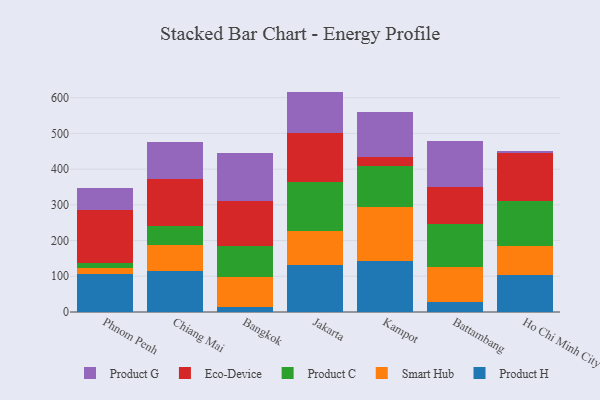
{"axis": {"x": "City", "y": "Latency (ms)"}, "legend": ["Eco-Device", "Product C", "Product G", "Product H", "Smart Hub"], "data": [{"x": "Phnom Penh", "y": 106.9, "type": "Product H"}, {"x": "Phnom Penh", "y": 16.7, "type": "Smart Hub"}, {"x": "Phnom Penh", "y": 12.9, "type": "Product C"}, {"x": "Phnom Penh", "y": 148.8, "type": "Eco-Device"}, {"x": "Phnom Penh", "y": 61.7, "type": "Product G"}, {"x": "Chiang Mai", "y": 115.4, "type": "Product H"}, {"x": "Chiang Mai", "y": 71.4, "type": "Smart Hub"}, {"x": "Chiang Mai", "y": 53.7, "type": "Product C"}, {"x": "Chiang Mai", "y": 132.0, "type": "Eco-Device"}, {"x": "Chiang Mai", "y": 104.6, "type": "Product G"}, {"x": "Bangkok", "y": 13.1, "type": "Product H"}, {"x": "Bangkok", "y": 85.8, "type": "Smart Hub"}, {"x": "Bangkok", "y": 86.9, "type": "Product C"}, {"x": "Bangkok", "y": 124.9, "type": "Eco-Device"}, {"x": "Bangkok", "y": 133.7, "type": "Product G"}, {"x": "Jakarta", "y": 131.1, "type": "Product H"}, {"x": "Jakarta", "y": 95.0, "type": "Smart Hub"}, {"x": "Jakarta", "y": 137.8, "type": "Product C"}, {"x": "Jakarta", "y": 136.1, "type": "Eco-Device"}, {"x": "Jakarta", "y": 117.0, "type": "Product G"}, {"x": "Kampot", "y": 141.4, "type": "Product H"}, {"x": "Kampot", "y": 153.5, "type": "Smart Hub"}, {"x": "Kampot", "y": 112.5, "type": "Product C"}, {"x": "Kampot", "y": 25.9, "type": "Eco-Device"}, {"x": "Kampot", "y": 125.9, "type": "Product G"}, {"x": "Battambang", "y": 28.9, "type": "Product H"}, {"x": "Battambang", "y": 96.1, "type": "Smart Hub"}, {"x": "Battambang", "y": 121.2, "type": "Product C"}, {"x": "Battambang", "y": 104.6, "type": "Eco-Device"}, {"x": "Battambang", "y": 127.2, "type": "Product G"}, {"x": "Ho Chi Minh City", "y": 103.3, "type": "Product H"}, {"x": "Ho Chi Minh City", "y": 81.3, "type": "Smart Hub"}, {"x": "Ho Chi Minh City", "y": 125.6, "type": "Product C"}, {"x": "Ho Chi Minh City", "y": 134.6, "type": "Eco-Device"}, {"x": "Ho Chi Minh City", "y": 5.0, "type": "Product G"}]}